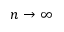
n \to \infty